Leaving Certificate Examination, 1918, 1918
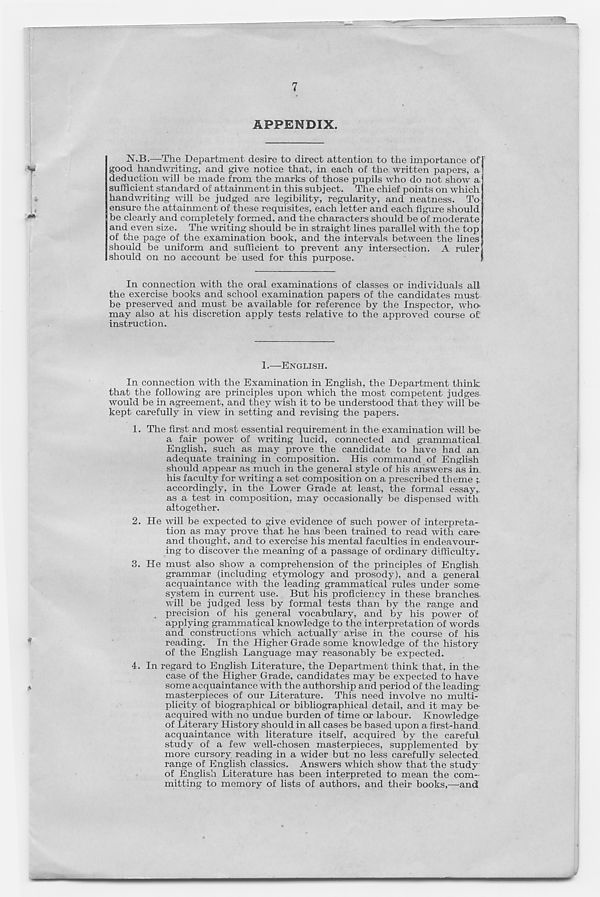
7
APPENDIX.
N.B.—The Department desire to direct attention to the importance of
good handwriting, and give notice that, in each of the written papers, a
deduction will be made from the marks of those pupils who do not show a
sufficient standard of attainment in this subject. The chief points on which
handwriting will be judged are legibility, regularity, and neatness. To
ensure the attainment of these requisites, each letter and each figure should
be clearly and completely formed, and the characters should be of moderate
and even size. The writing should be in straight lines parallel with the top
of the page of the examination book, and the intervals between the lines
should be uniform and sufficient to prevent any intersection. A ruler
should on no account be used for this purpose.
In connection with the oral examinations of classes or individuals all
the exercise books and school examination papers of the candidates must
be preserved and must be available for reference by the Inspector, who.
may also at his discretion apply tests relative to the approved course o£
instruction.
1.—ENGLISH.
In connection with the Examination in English, the Department think
that the following are principles upon which the most competent judges-
would be in agreement, and they wish it to be understood that they will be
kept carefully in view in setting and revising the papers.
1. The first and most essential requirement in the examination will be-
a fair power of writing lucid, connected and grammatical
English, such as may prove the candidate to have had am
adequate training in composition. His command of English
should appear as much in the general style of his answers as im
his faculty for writing a set composition on a prescribed theme
accordingly, in the Lower Grade at least, the formal essay,,
as a test in composition, may occasionally be dispensed with
altogether.
2. He will be expected to give evidence of such power of interpreta-
tion as may prove that he has been trained to read with care-
and thought, and to exercise his mental faculties in endeavour-
ing to discover the meaning of a passage of ordinary difficulty-
3. He must also show a comprehension of the principles of English
grammar (including etymology and prosody), and a general
acquaintance with the leading grammatical rules under some-
system in current use. But his proficiency in these branches
will be judged less by formal tests than by the range and
precision of his general vocabulary, and by his power of
applying grammatical knowledge to the interpretation of words
and constructions which actually arise in the course of his
reading. In the Higher Grade some knowledge of the history
of the English Language may reasonably be expected.
4. In regard to English Literature, the Department think that, in the-
case of the Higher Grade, candidates may be expected to have
some acquaintance with the authorship and period of the leading
masterpieces of our Literature. This need involve no multi-
plicity of biographical or bibliographical detail, and it may be-
acquired with no undue burden of time or labour. Knowledge
of Literary History should in all cases be based upon a first-hand
acquaintance with literature itself, acquired by the careful
study of a few well-chosen masterpieces, supplemented by
more cursory reading in a wider but no less carefully selected
range of English classics. Answers which show that the study
of English Literature has been interpreted to mean the com-
mitting to memory of lists of authors, and their books,—and